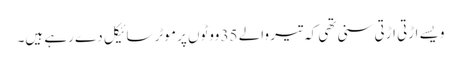
ویسے اڑتی اڑتی سنی تھی کہ تیر والے 35 ووٹوں پر موٹر سائیکل دے رہے ہیں۔